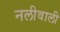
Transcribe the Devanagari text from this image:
नलीवाली